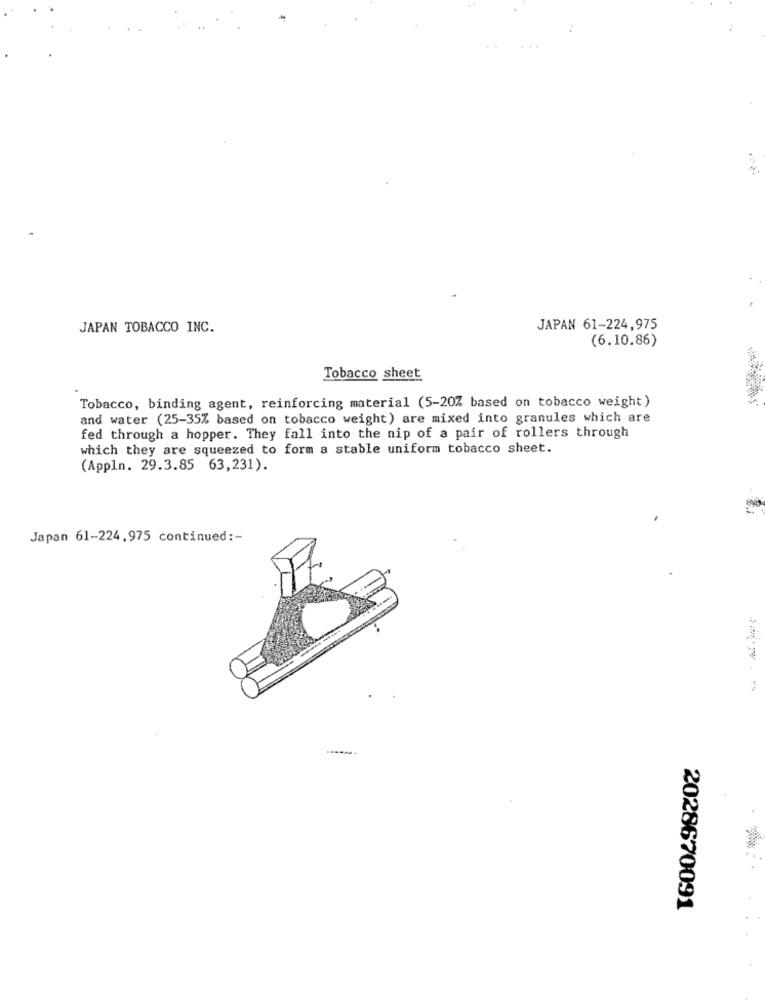
JAPAN TOBACCO INC.
JAPAN 61-224,975
(6.10.86)
Tobacco sheet
Tobacco, binding agent, reinforcing material (5-20% based on tobacco weight)
and water (25-35% based on tobacco weight) are mixed into granules which are
fed through a hopper. They fall into the nip of a pair of rollers through
which they are squeezed to form a stable uniform tobacco sheet.
(Appln. 29.3.85 63,231).
Japan 61-224.975 continued :-
2028670091